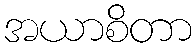
အယာစိတာ